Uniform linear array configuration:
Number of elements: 12
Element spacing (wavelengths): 1
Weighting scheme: kaiser
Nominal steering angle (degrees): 15
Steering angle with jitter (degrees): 14.152
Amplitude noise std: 0.05
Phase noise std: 0.05

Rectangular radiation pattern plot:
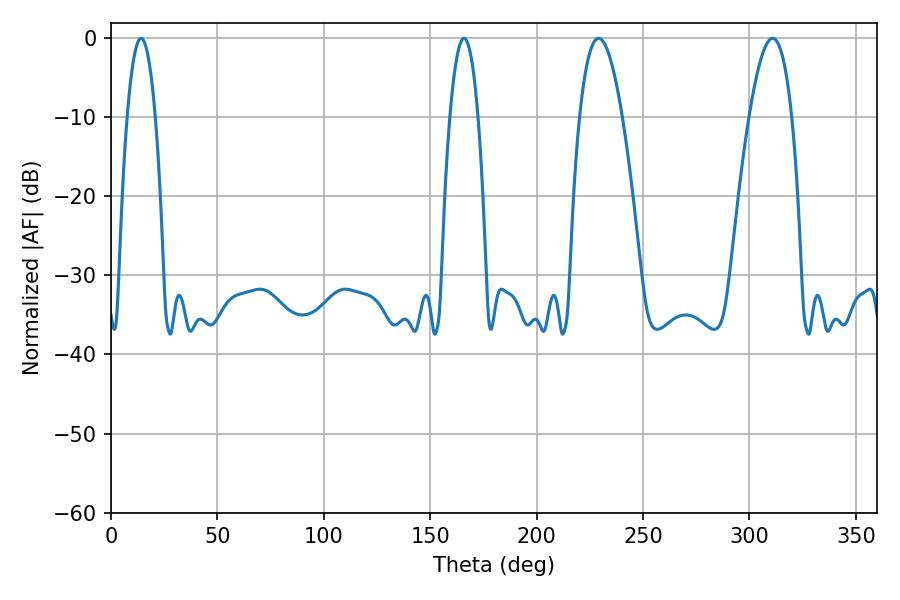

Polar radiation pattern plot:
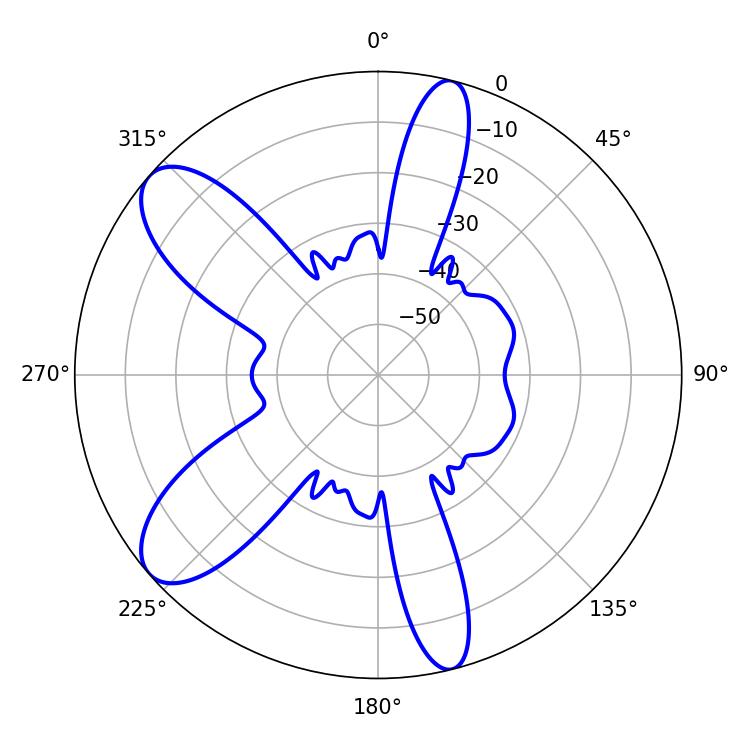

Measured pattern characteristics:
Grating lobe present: TRUE
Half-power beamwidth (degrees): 10.98
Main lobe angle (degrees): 229.14